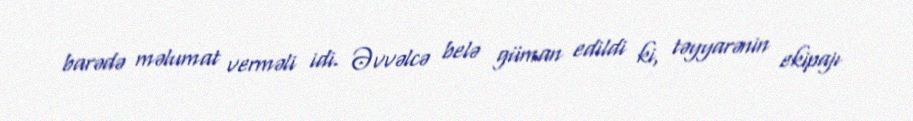
barədə məlumat verməli idi. Əvvəlcə belə güman edildi ki, təyyarənin ekipajı